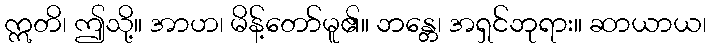
ဣတိ၊ ဤသို့။ အာဟ၊ မိန့်တော်မူ၏။ ဘန္တေ၊ အရှင်ဘုရား။ ဆာယာယ၊